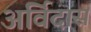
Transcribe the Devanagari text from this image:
अर्विदास